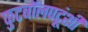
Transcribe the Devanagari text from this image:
फुटबॉलपटूंशी